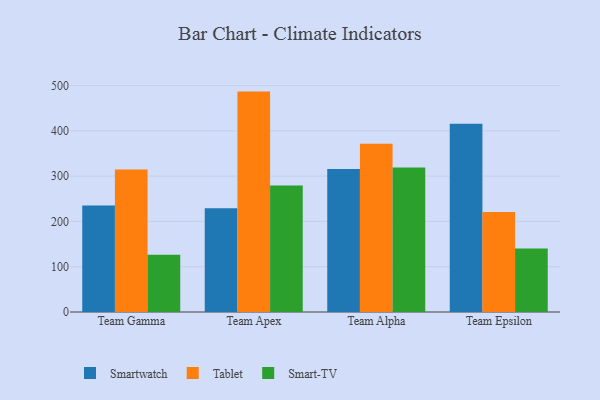
{"axis": {"x": "Team", "y": "Temperature (°C)"}, "legend": ["Smart-TV", "Smartwatch", "Tablet"], "data": [{"x": "Team Gamma", "y": 235.1, "type": "Smartwatch"}, {"x": "Team Gamma", "y": 314.8, "type": "Tablet"}, {"x": "Team Gamma", "y": 126.3, "type": "Smart-TV"}, {"x": "Team Apex", "y": 229.2, "type": "Smartwatch"}, {"x": "Team Apex", "y": 486.6, "type": "Tablet"}, {"x": "Team Apex", "y": 279.4, "type": "Smart-TV"}, {"x": "Team Alpha", "y": 315.9, "type": "Smartwatch"}, {"x": "Team Alpha", "y": 371.7, "type": "Tablet"}, {"x": "Team Alpha", "y": 318.8, "type": "Smart-TV"}, {"x": "Team Epsilon", "y": 415.8, "type": "Smartwatch"}, {"x": "Team Epsilon", "y": 221.0, "type": "Tablet"}, {"x": "Team Epsilon", "y": 140.2, "type": "Smart-TV"}]}